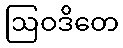
ဩဝဒိတေ